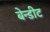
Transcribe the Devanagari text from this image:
बेन्डीट